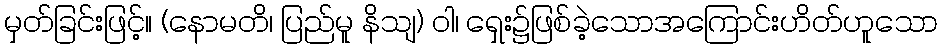
မှတ်ခြင်းဖြင့်။ (နောမတိ၊ ပြည်မူ နိသျ) ဝါ၊ ရှေး၌ဖြစ်ခဲ့သောအကြောင်းဟိတ်ဟူသော